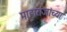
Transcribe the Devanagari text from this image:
माहाराजांच्या